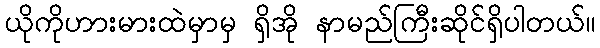
ယိုကိုဟားမားထဲမှာမှ ရှိအို နာမည်ကြီးဆိုင်ရှိပါတယ်။